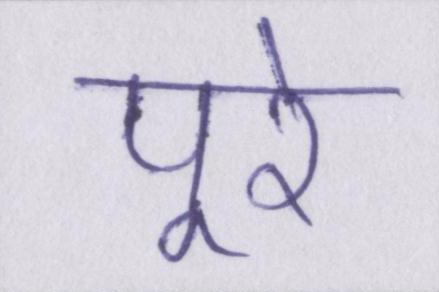
पूरे